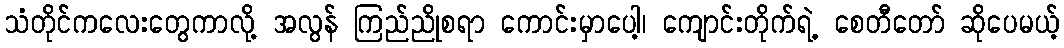
သံတိုင်ကလေးတွေကာလို့ အလွန် ကြည်ညိုစရာ ကောင်းမှာပေါ့၊ ကျောင်းတိုက်ရဲ့ စေတီတော် ဆိုပေမယ့်